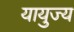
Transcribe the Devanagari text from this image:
यायुज्य